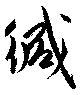
緘